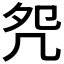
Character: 𠙀